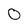
Character: 0